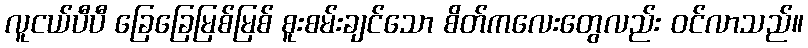
လူငယ်ပီပီ ခြေခြေမြစ်မြစ် စူးစမ်းချင်သော စိတ်ကလေးတွေလည်း ဝင်လာသည်။